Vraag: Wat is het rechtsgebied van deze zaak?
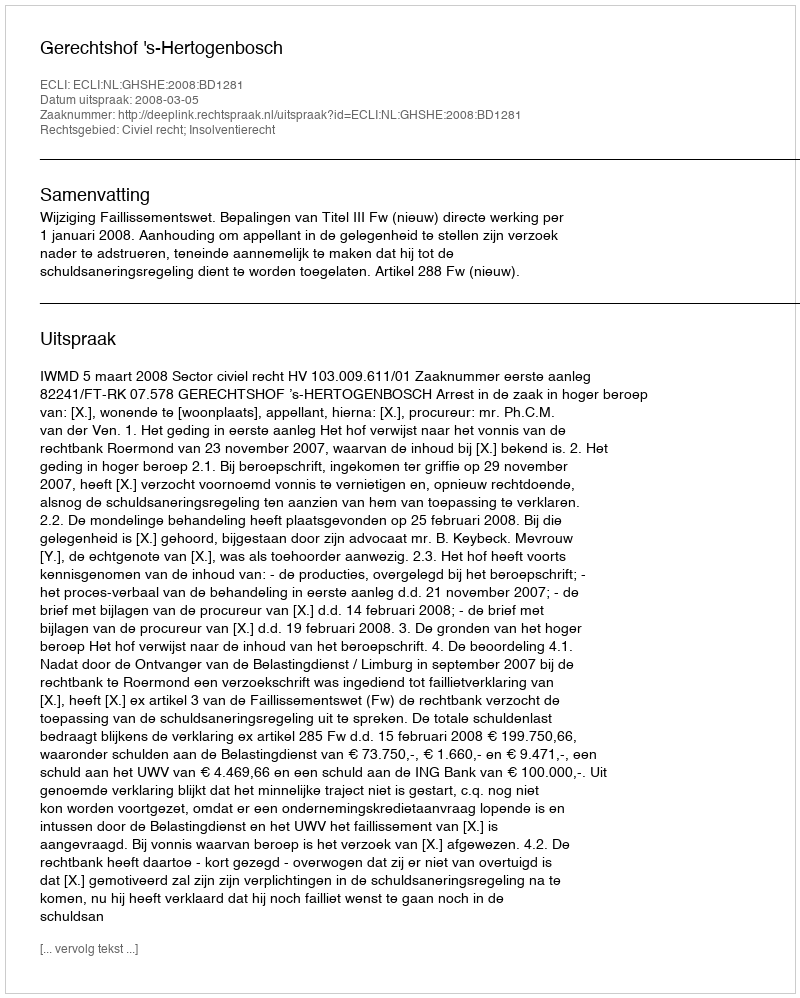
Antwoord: Civiel recht; Insolventierecht